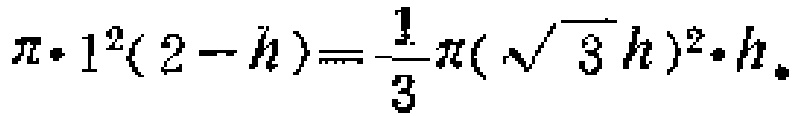
\(\pi\cdot 1^{2}(2 - h)=\frac{1}{3}\pi(\sqrt{3}h)^{2}\cdot h\)